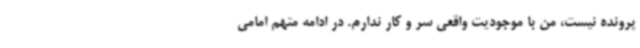
پرونده نیست، من با موجودیت واقعی سر و کار ندارم. در ادامه متهم امامی